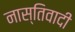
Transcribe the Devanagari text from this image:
नास्तिवादी